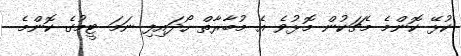
ކުޅޭ ކޮންމެ މެޗަކުން މޮޅުވެ އެ މުބާރާތް ހޯދައިފި ނަމަ ޓީމުގެ ކޮންމެ